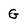
Character: G